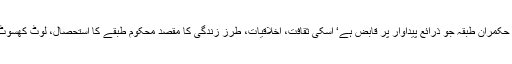
دوسری طرف حکمران طبقہ جو ذرائع پیداوار پر قابض ہے‘ اسکی ثقافت، اخلاقیات، طرز زندگی کا مقصد محکوم طبقے کا استحصال، لوٹ کھسوٹ اور جبر ہے۔